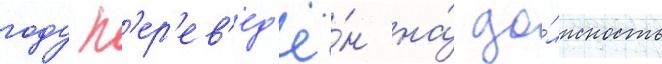
году п'ер'ев'ед'ё́н на́ до́лжность